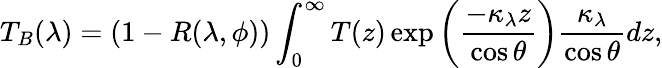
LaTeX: \displaystyle T_{B}(\lambda)=\left(1-R(\lambda,\phi)\right)\int_{0}^{\infty}T(z)\exp\left(\frac{-\kappa_{\lambda}z}{\cos\theta}\right)\frac{\kappa_{\lambda}}{\cos\theta}dz,